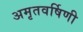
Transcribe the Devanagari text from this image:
अमृतवर्षिणी